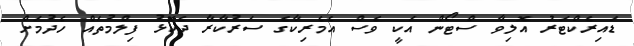
ޑައިރެކްޓަރު އޮލިވާ ސްޓޯން އަކީ ވެސް އެމެރިކާގެ ސަރުކާރާ ދެކޮޅު ފިލްމުތައް ހެދުމަށް